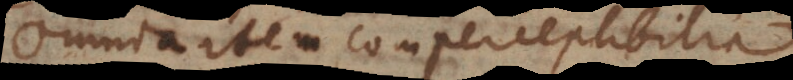
omnia item comperceptibilia